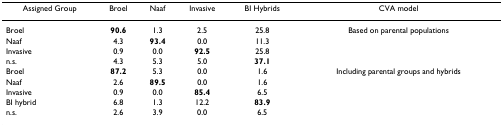
<table><thead><tr><td><b>Assigned Group</b></td><td><b>Broel</b></td><td><b>Naaf</b></td><td><b>Invasive</b></td><td><b>BI Hybrids</b></td><td><b>CVA model</b></td></tr></thead><tbody><tr><td>Broel</td><td><b>90.6</b></td><td>1.3</td><td>2.5</td><td>25.8</td><td>Based on parental populations</td></tr><tr><td>Naaf</td><td>4.3</td><td><b>93.4</b></td><td>0.0</td><td>11.3</td><td></td></tr><tr><td>Invasive</td><td>0.9</td><td>0.0</td><td><b>92.5</b></td><td>25.8</td><td></td></tr><tr><td>n.s.</td><td>4.3</td><td>5.3</td><td>5.0</td><td><b>37.1</b></td><td></td></tr><tr><td>Broel</td><td><b>87.2</b></td><td>5.3</td><td>0.0</td><td>1.6</td><td>Including parental groups and hybrids</td></tr><tr><td>Naaf</td><td>2.6</td><td><b>89.5</b></td><td>0.0</td><td>1.6</td><td></td></tr><tr><td>Invasive</td><td>0.9</td><td>0.0</td><td><b>85.4</b></td><td>6.5</td><td></td></tr><tr><td>BI hybrid</td><td>6.8</td><td>1.3</td><td>12.2</td><td><b>83.9</b></td><td></td></tr><tr><td>n.s.</td><td>2.6</td><td>3.9</td><td>0.0</td><td>6.5</td><td></td></tr></tbody></table>